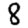
Digit: 8